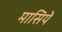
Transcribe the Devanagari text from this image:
मासिये